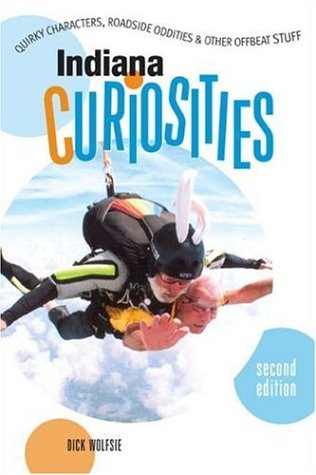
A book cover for Indiana Curiosities, 2nd: Quirky Characters, Roadside Oddities, and Other Offbeat Stuff (Curiosities Series); Dick Wolfsie; Travel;